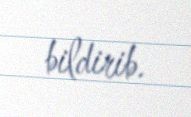
bildirib.